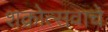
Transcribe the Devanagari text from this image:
शक्रोत्सवाचे